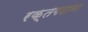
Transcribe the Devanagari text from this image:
रक्तगटाना